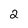
Character: 2